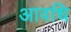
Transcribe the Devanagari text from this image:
आवधि